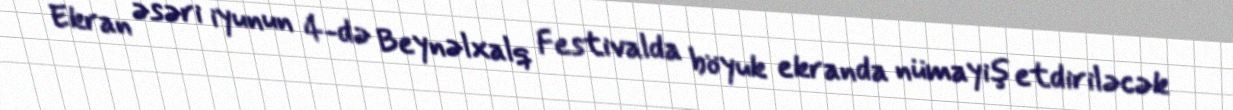
Ekran əsəri iyunun 4-də Beynəlxalq Festivalda böyuk ekranda nümayiş etdiriləcək